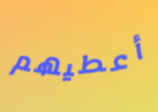
أعطيهم